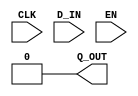

`ifdef BSV_ASSIGNMENT_DELAY
`else
`define BSV_ASSIGNMENT_DELAY
`endif

module RevertReg(CLK, Q_OUT, D_IN, EN);

   parameter width = 1;
   parameter init  = { width {1'b0} } ;

   input     CLK;
   input     EN;
   input [width - 1 : 0] D_IN;
   output [width - 1 : 0] Q_OUT;

   assign Q_OUT = init;
endmodule